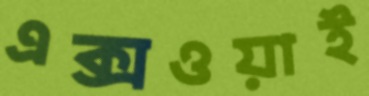
এক্সওয়াই